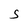
Character: s